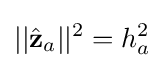
||{\hat {\mathbf {z} }}_{a}||^{2}=h_{a}^{2}